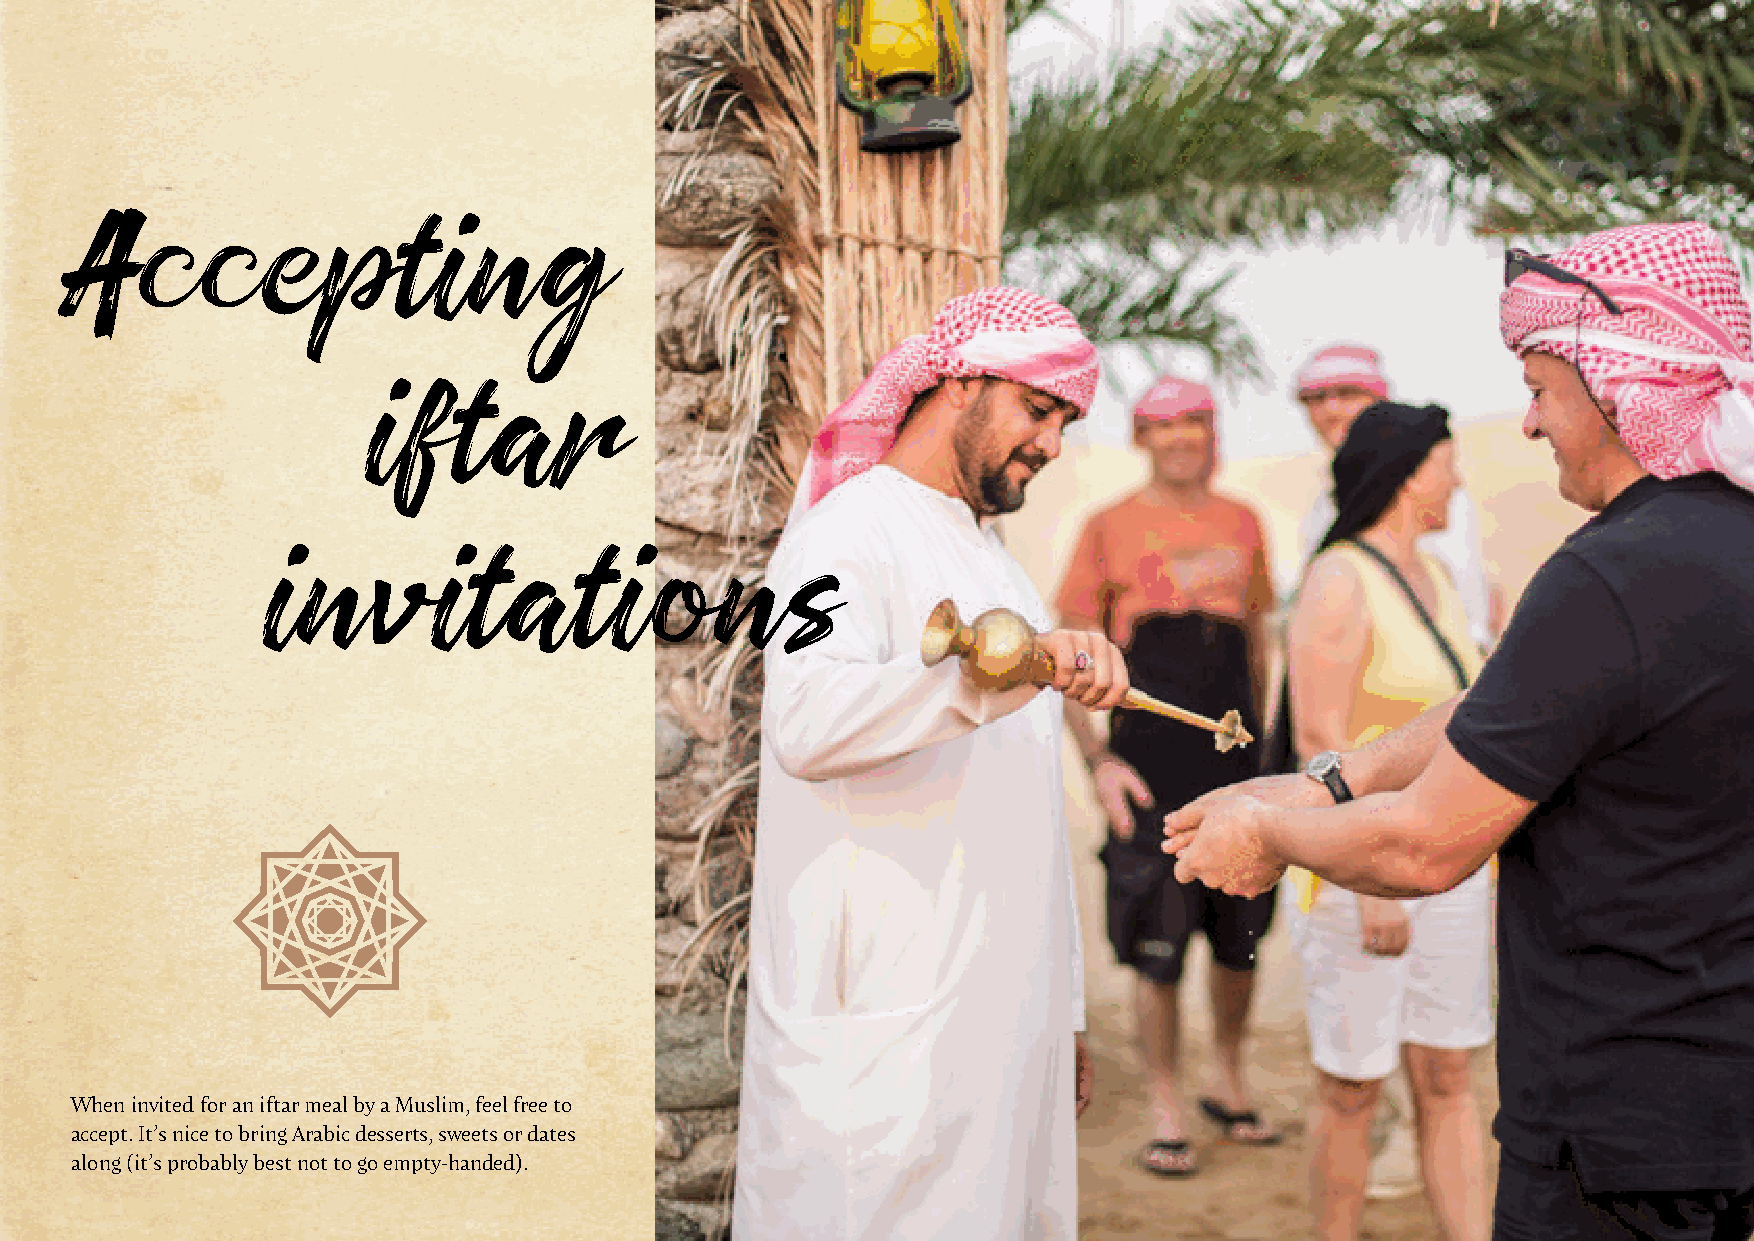
Accepting
 iftar
 invitations
 When invited for an iftar meal by a Muslim, feel free to
 accept. It’s nice to bring Arabic desserts, sweets or dates
 along (it’s probably best not to go empty-handed).